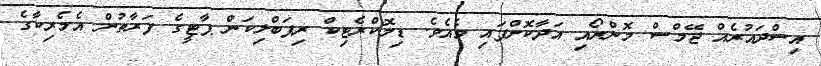
އިސްދައުރެއް ޖޭމްސް މޮންރޯއި އަދާކޮށްފައި ވެއެވެ. ޑިމޮކްރެޓިކް ރިޕަބްލިކަން ޕާޓީގެ ފަރާތުން އެމެރިކާގެ